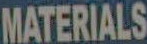
MATERIALS